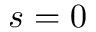
s = 0